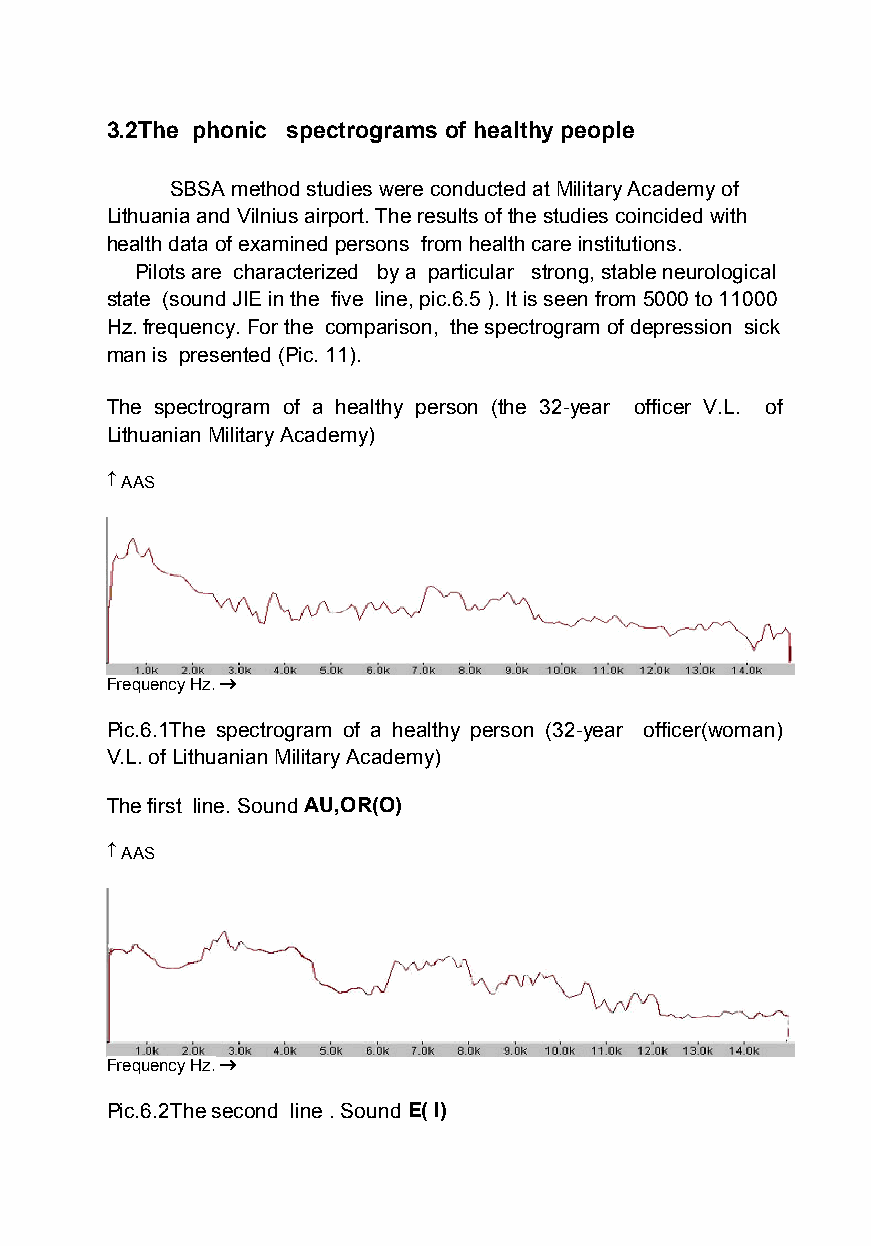
3.2The phonic spectrograms of healthy people
 SBSA method studies were conducted at Military Academy of
 Lithuania and Vilnius airport. The results of the studies coincided with
 health data of examined persons from health care institutions.
 Pilots are characterized by a particular strong, stable neurological
 state (sound JIE in the five line, pic.6.5 ). It is seen from 5000 to 11000
 Hz.frequency.For the comparison, the spectrogram of depression sick
 man is presented (Pic. 11).
 The spectrogram of a healthy person (the 32-year officer V.L. of
 Lithuanian Military Academy)
  AAS
 Frequency Hz.
 Pic.6.1The spectrogram of a healthy person (32-year officer(woman)
 V.L. of Lithuanian Military Academy)
 The first line. Sound AU,OR(O)
  AAS
 Frequency Hz.
 Pic.6.2The second line . SoundE(I)